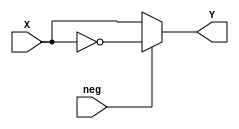
`timescale 1ns / 1ps
//////////////////////////////////////////////////////////////////////////////////
//////////////////////////////////////////////////////////////////////////////////
module two_comp(input [15:0] X, input neg, output reg[15:0] Y);
	always@*
		begin
			if(neg)
				Y <= ~X;
			else
				Y <= X;
		end
endmodule